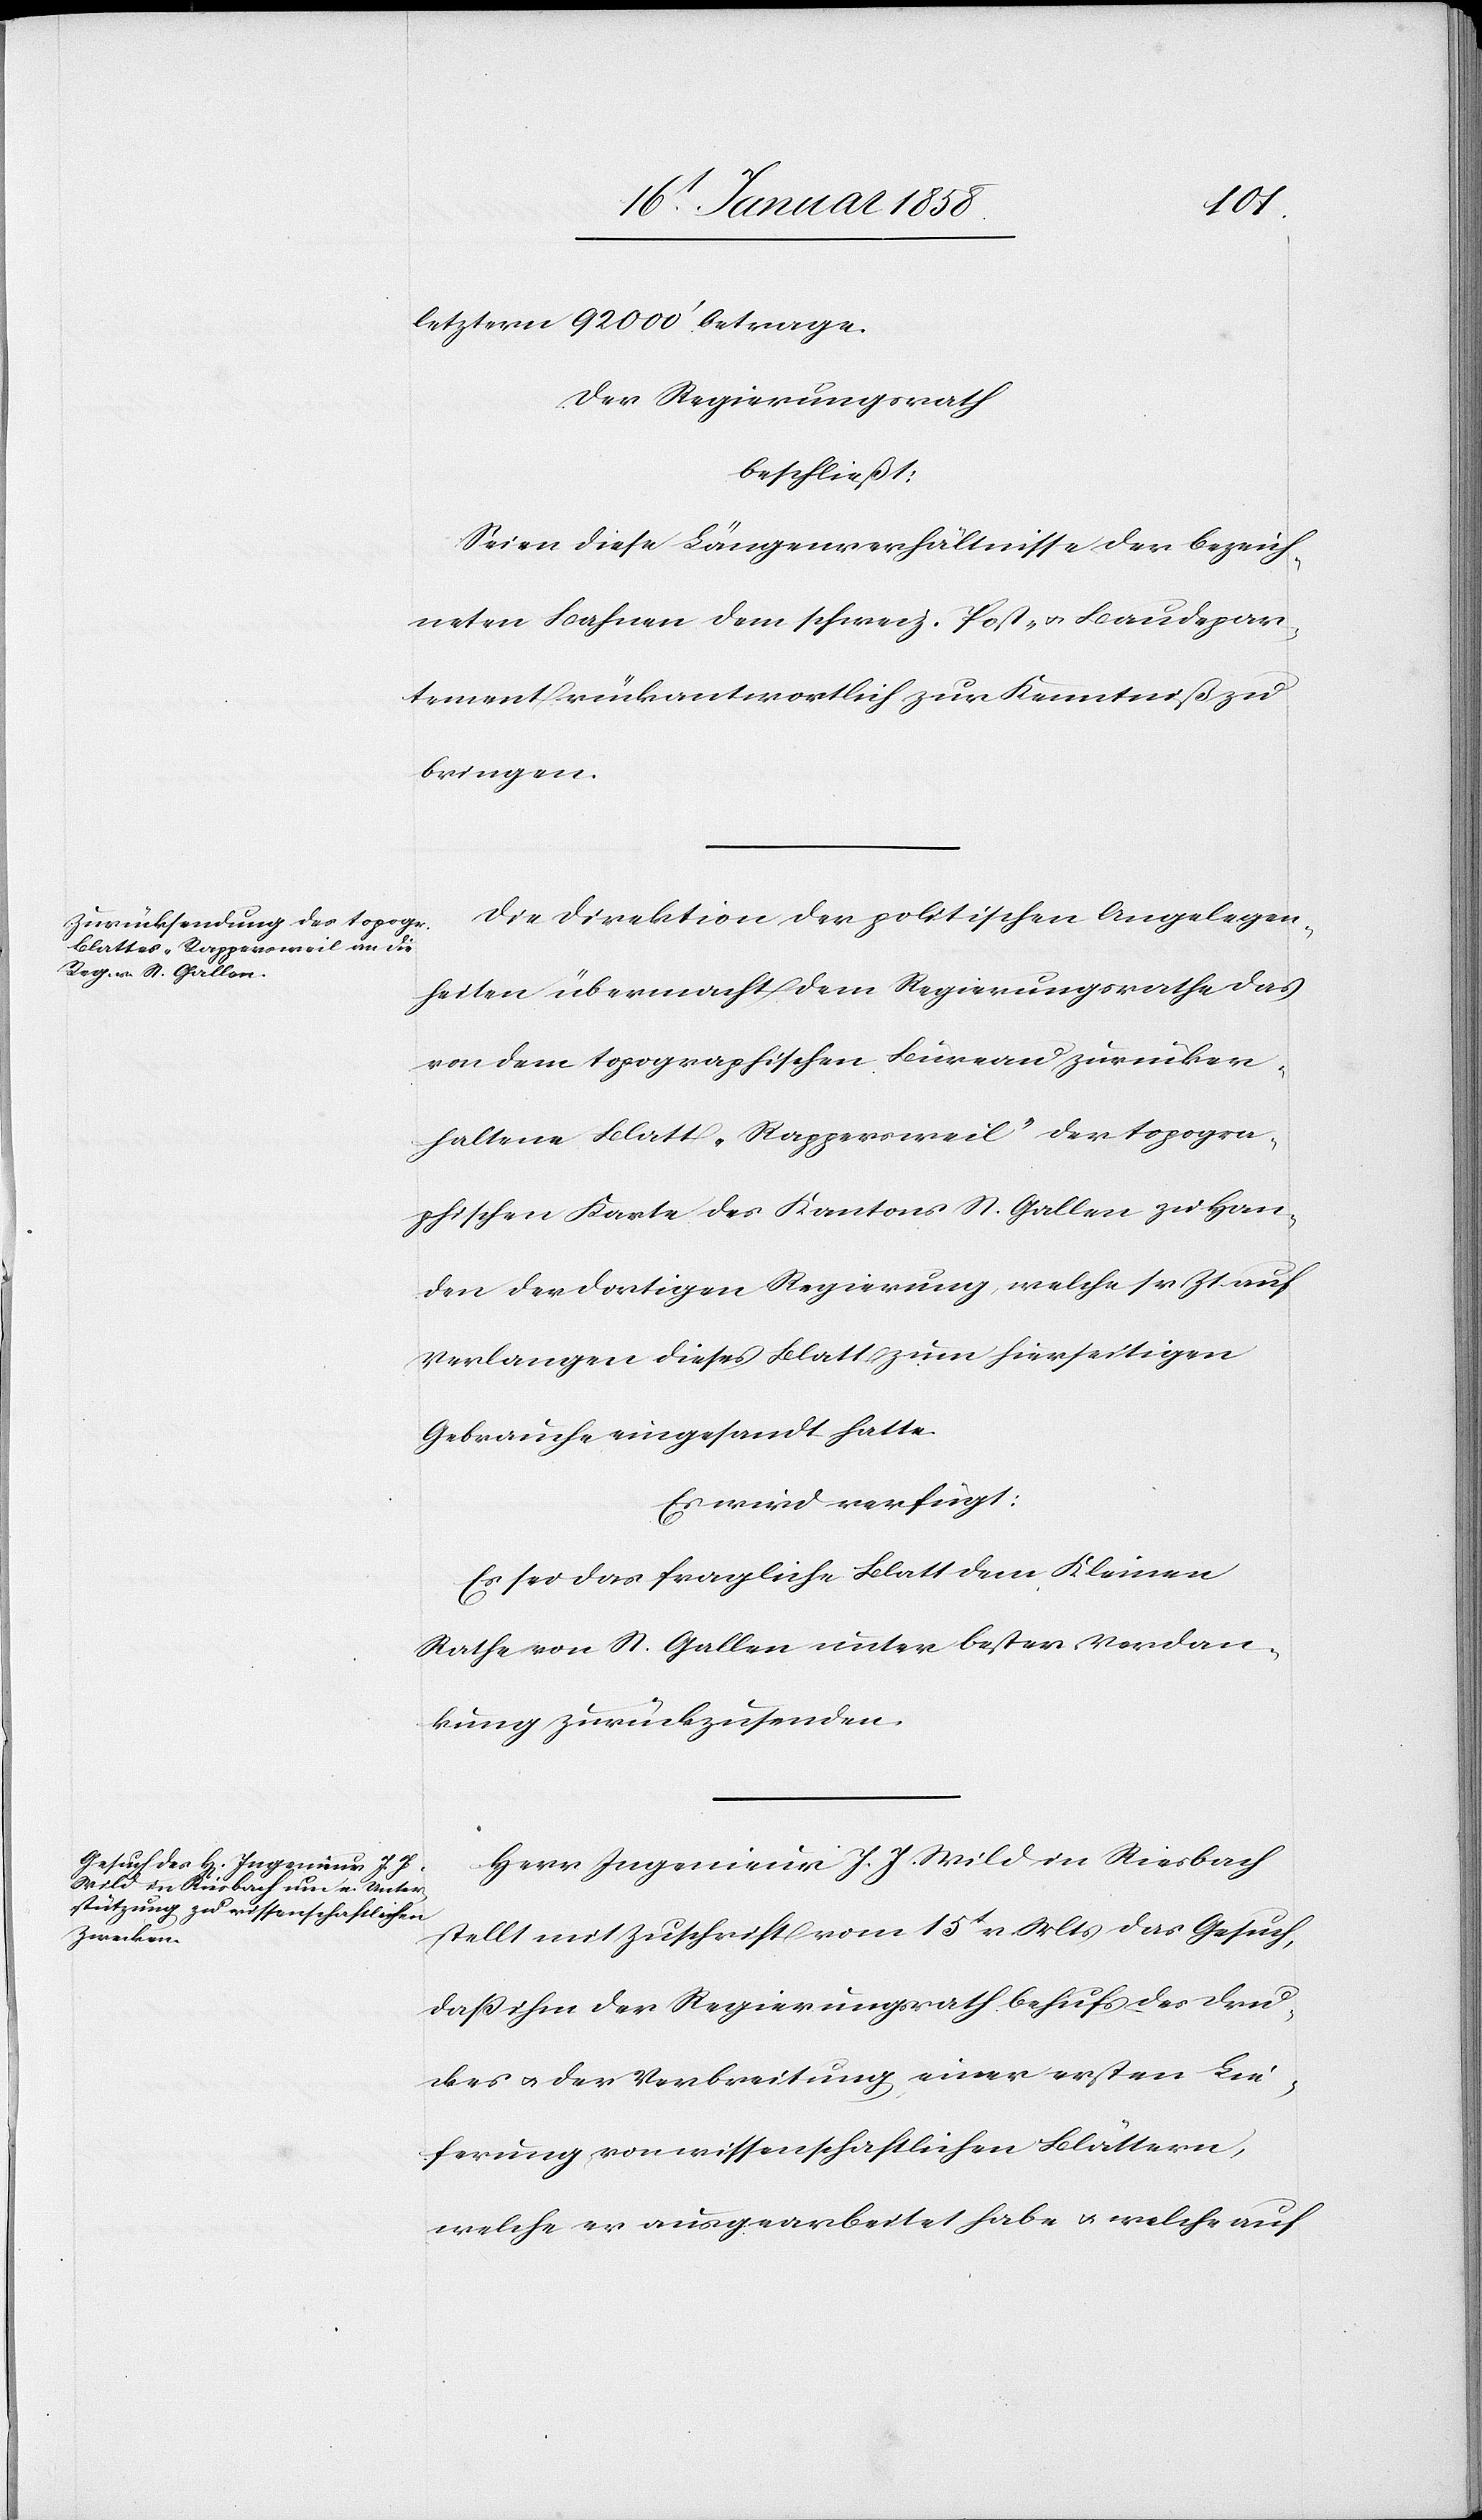
letztern 92 000’ betrage.
Der Regierungsrath
beschließt:
Seien diese Längenverhältnisse der bezeich¬
neten Bahnen dem schweiz. Post- u. Baudepar¬
tement rückantwortlich zur Kenntniß zu
bringen.
Die Direktion der politischen Angelegen¬
heiten übermacht dem Regierungsrathe das
von dem topographischen Büreau zurücker¬
haltene Blatt „Rappersweil“ der topogra¬
phischen Karte des Kantons St. Gallen zu Han¬
den der dortigen Regierung, welche sr Zt auf
Verlangen dieses Blatt zum hierseitigen
Gebrauche eingesandt hatte.
Es wird verfügt:
Es sei das fragliche Blatt dem Kleinen
Rathe von St. Gallen unter bester Verdan¬
kung zurückzusenden.
Herr Ingenieur J. J. Wild in Riesbach
stellt mit Zuschrift vom 15t v Mts das Gesuch,
daß ihm der Regierungsrath behufs des Dru¬
ckes u. der Verbreitung einer ersten Lie¬
ferung von wissenschaftlichen Blättern,
welche er ausgearbeitet habe u. welche auf